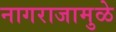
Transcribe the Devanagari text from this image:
नागराजामुळे